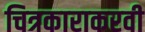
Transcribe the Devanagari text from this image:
चित्रकाराकरवी